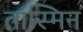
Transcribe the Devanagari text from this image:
तास्मिन